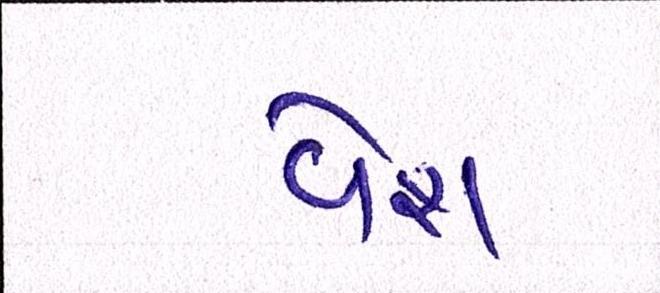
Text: વેશ